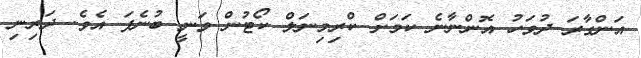
އަންގާރަ ދުވަހު އޮންނާނެ ކަމަށް ކްރިމިނަލް ކޯޓުން ވަނީ ބުނެފަ އެވެ. ދަރިނި